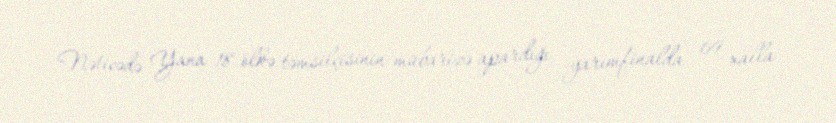
Nəticədə Yana 18 ölkə təmsilçisinin mübarizə apardığı yarımfinalda 69 xalla